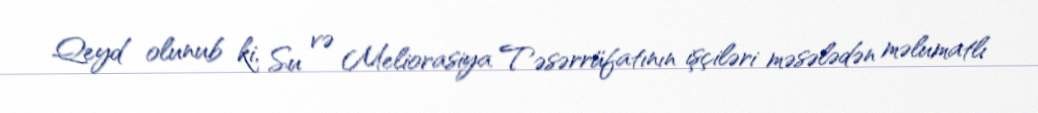
Qeyd olunub ki, Su və Meliorasiya Təsərrüfatının işçiləri məsələdən məlumatlı